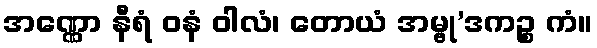
အဏ္ဏော နီရံ ဝနံ ဝါလံ၊ တောယံ အမ္ဗု’ဒကဉ္စ ကံ။